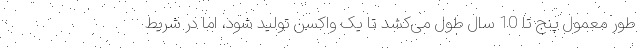
طور معمول پنج تا 10 سال طول می‌کشد تا یک واکسن تولید شود، اما در شریط